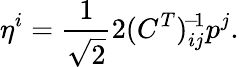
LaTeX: \eta^{i}=\frac{1}{\sqrt{2}}2(C^{T})_{ij}^{\! -\! 1}p^{j}.